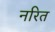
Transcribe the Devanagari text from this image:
नरित